Civil Veterinary Dept. North-West Frontier Province 1933-46 - 1933-1946
Year: 1933
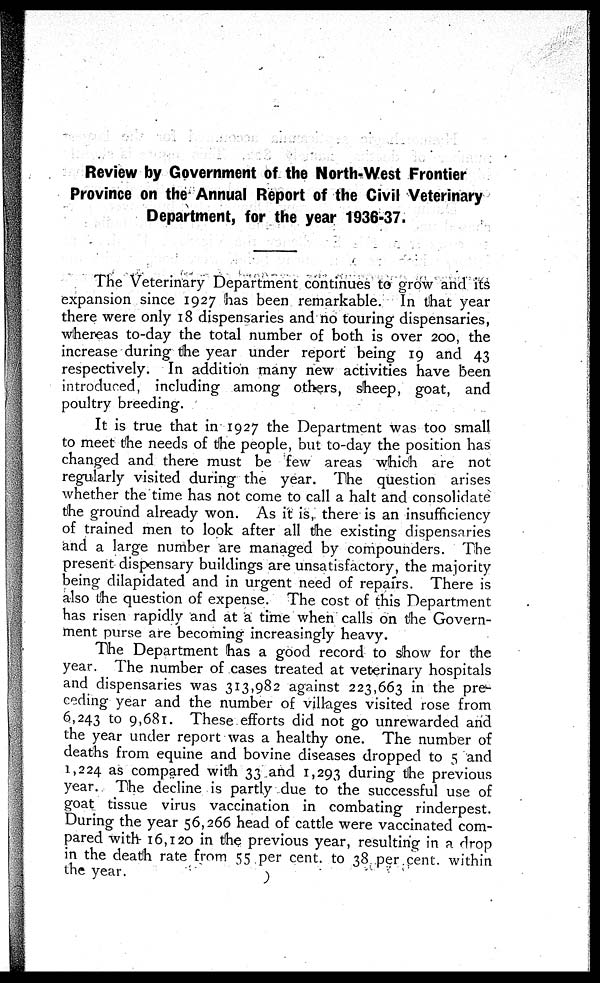
Review by Government of the North-West Frontier
Province on the Annual Report of the Civil Veterinary
Department, for the year 1936-37.
The Veterinary Department continues to grow and its
expansion since 1927 has been remarkable. In that year
there were only 18 dispensaries and no touring dispensaries,
whereas to-day the total number of both is over 200, the
increase during the year under report being 19 and 43
respectively. In addition many new activities have been
introduced, including among others, sheep, goat, and
poultry breeding.
It is true that in 1927 the Department was too small
to meet the needs of the people, but to-day the position has
changed and there must be few areas which are not
regularly visited during the year. The question arises
whether the time has not come to call a halt and consolidate
the ground already won. As it is, there is an insufficiency
of trained men to look after all the existing dispensaries
and a large number are managed by compounders. The
present dispensary buildings are unsatisfactory, the majority
being dilapidated and in urgent need of repairs. There is
also the question of expense. The cost of this Department
has risen rapidly and at a time when calls on the Govern-
ment purse are becoming increasingly heavy.
The Department has a good record to show for the
year. The number of cases treated at veterinary hospitals
and dispensaries was 313,982 against 223,663 in the pre-
ceding year and the number of villages visited rose from
6,243 to 9,681. These efforts did not go unrewarded and
the year under report was a healthy one. The number of
deaths from equine and bovine diseases dropped to 5 and
1,224 as compared with 33 and 1,293 during the previous
year. The decline is partly due to the successful use of
goat tissue virus vaccination in combating rinderpest.
During the year 56,266 head of cattle were vaccinated com-
pared with 16,120 in the previous year, resulting in a drop
in the death rate from 55 per cent. to 38 per cent. within
the year.